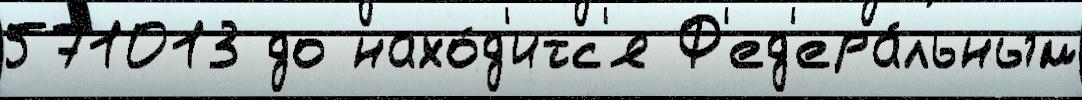
571013 до нахо́д'итс'я Ф'ед'ера́льным